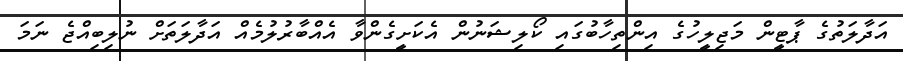
އަދާލަތުގެ ޕާޓީން މަޖިލީހުގެ އިންތިހާބުގައި ކޯލިޝަނުން އެކަށީގެންވާ އެއްބާރުލުމެއް އަދާލަތަށް ނުލިބިއްޖެ ނަމަ